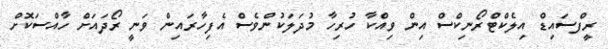
ރީފްސައިޑް އިލެކްޓްރޯނިކްސް އިން ވިއްކާ ހުރިހާ މުދަލަކުންވެސް އެފިހާރައިން ވަނީ ރޯދައަށް ހާއްސަކޮށް